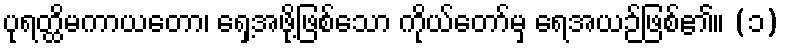
ပုရတ္ထိမကာယတော၊ ရှေ့အဖို့ဖြစ်သော ကိုယ်တော်မှ ရေအယဉ်ဖြစ်၏။ (၁)